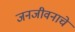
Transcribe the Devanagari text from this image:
जनजीवनाचे